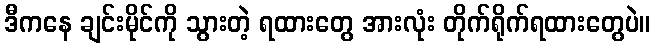
ဒီကနေ ချင်းမိုင်ကို သွားတဲ့ ရထားတွေ အားလုံး တိုက်ရိုက်ရထားတွေပဲ။